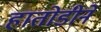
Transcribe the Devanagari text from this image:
हातोडीने